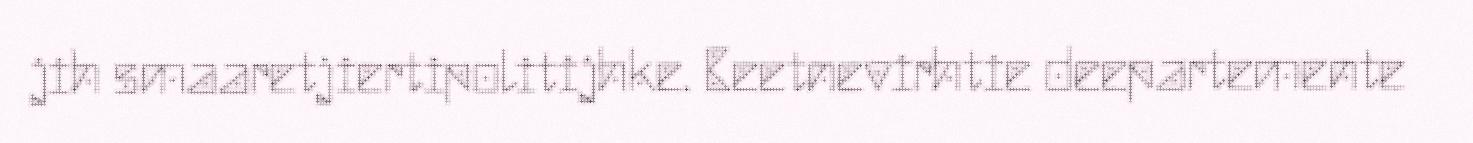
jih smaaretjiertipolitijhke. Beetnevirhtie deepartemente